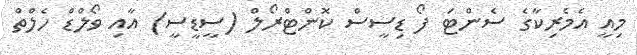
މިއީ އެމެރިކާގެ ސެންޓަ ފޯ ޑިސީސް ކޮންޓްރޯލް (ސީޑީސީ) އާއި ވޯލްޑް ހެލްތް